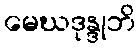
မေဃဒုန္ဒုဘိ